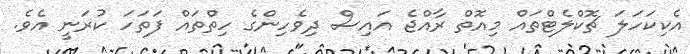
އެކިކަހަލަ ޗޮކްލެޓްތައް މިއޮތް ރާއްޖެ އައިސް ދިވެހިންގެ ހިތްތައް ފަތަހަ ކުރަނީ އެވެ.